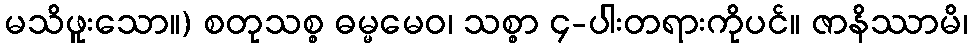
မသိဖူးသော။) စတုသစ္စ ဓမ္မမေဝ၊ သစ္စာ ၄-ပါးတရားကိုပင်။ ဇာနိဿာမိ၊